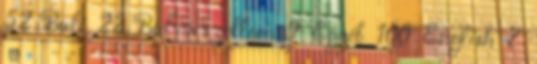
52 Buli 22 Bulvárszellem 9 Egyéb 100 English 7